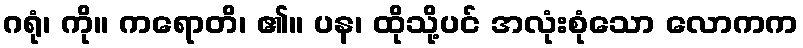
ဂရုံ၊ ကို။ ကရောတိ၊ ၏။ ပန၊ ထိုသို့ပင် အလုံးစုံသော လောကက